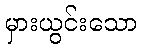
မှားယွင်းသော